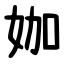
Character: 㚳